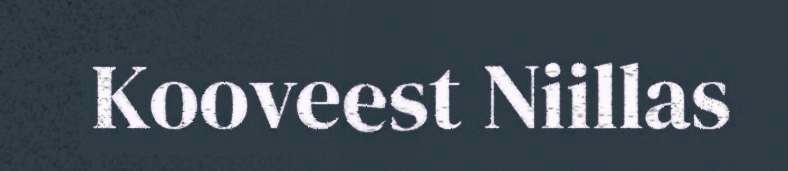
Kooveest Niillas